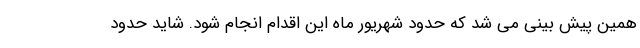
همین پیش بینی می شد که حدود شهریور ماه این اقدام انجام شود. شاید حدود